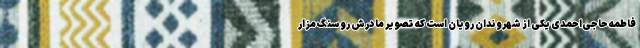
فاطمه حاجی‌احمدی یکی از شهروندان رویان است که تصویر مادرش رو سنگ مزار